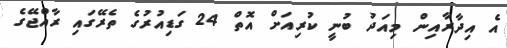
އެ އިދާރާއިން މިއަދު ބުނީ ކުރިއަށް އޮތް 24 ގަޑިއުރުގެ ތެރޭގައި ރާއްޖޭގެ